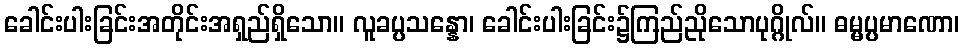
ခေါင်းပါးခြင်းအတိုင်းအရှည်ရှိသော။ လူခပ္ပသန္နော၊ ခေါင်းပါးခြင်း၌ကြည်ညိုသောပုဂ္ဂိုလ်။ ဓမ္မပ္ပမာဏော၊